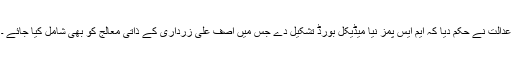
عدالت نے حکم دیا کہ ایم ایس پمز نیا میڈیکل بورڈ تشکیل دے جس میں آصف علی زرداری کے ذاتی معالج کو بھی شامل کیا جائے ۔